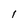
Character: i